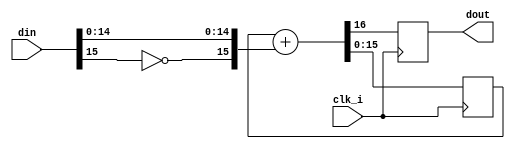
module delta_sigma(
    input [15:0] din,
    input clk_i,
    output reg dout
    );
    
    // PWM module to take in PWM data and play it out on a one line speaker
    // mainly taken from:
    // http://www.fpga4fun.com/PWM_DAC.html
    
    // sigma delta PWM
    reg [16:0] PWM_accumulator;
    
    always @(posedge clk_i) begin
        PWM_accumulator[16:0] = PWM_accumulator[15:0] + {~din[15], din[14:0]}; // plus sigma
        dout = PWM_accumulator[16];
        //PWM_accumulator[16] = 0;        // delta : subtract 256
    end

endmodule